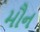
મૌન